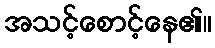
အသင့်စောင့်နေ၏။